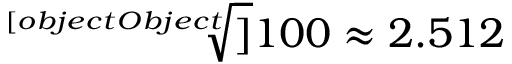
{ \sqrt [ [object Object] ] { 1 0 0 } } \approx 2 . 5 1 2